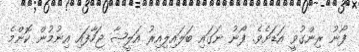
ފޯނު ރިންގުވީ އަޑަށެވެ. ފޯނު ނަގައި ބަލައިލިއިރު އަލީޝާ ޖަހާފައި އިނުމުން ކޮންމެ